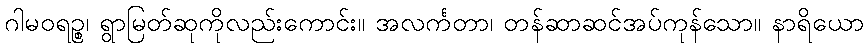
ဂါမဝရဉ္စ၊ ရွာမြတ်ဆုကိုလည်းကောင်း။ အလင်္ကတာ၊ တန်ဆာဆင်အပ်ကုန်သော။ နာရိယော